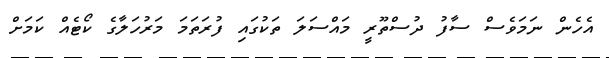
އެހެން ނަމަވެސް ސާފު ދުސްތޫރީ މައްސަލަ ތަކުގައި ފުރަތަމަ މަރުހަލާގެ ކޯޓެއް ކަމަށް